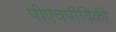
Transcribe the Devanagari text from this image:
पीएचपीविकी